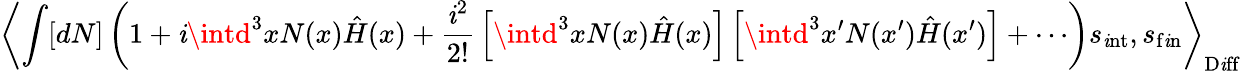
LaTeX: \left\langle\int[dN]\left(1+\mathit{i}\intd^{3}xN(x){\hat{{H}}}(x)+{\frac{{\mathit{i}^{2}}}{{2!}}}\left[\intd^{3}xN(x){\hat{{H}}}(x)\right]\left[\intd^{3}x^{\prime}N(x^{\prime}){\hat{{H}}}(x^{\prime})\right]+\cdots\right)s_{\mathrm{{\mathit{i}nt}}},s_{\mathrm{{f\mathit{i}n}}}\right\rangle_{\mathrm{{D\mathit{i}ff}}}